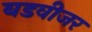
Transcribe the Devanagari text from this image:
बडवीजर